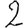
Digit: 2